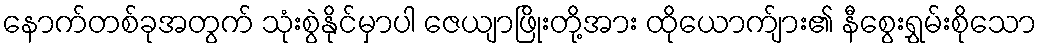
နောက်တစ်ခုအတွက် သုံးစွဲနိုင်မှာပါ ဇေယျာဖြိုးတို့အား ထိုယောက်ျား၏ နီစွေးရွှမ်းစိုသော